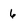
Character: 6